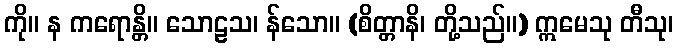
ကို။ န ကရောန္တိ။ သောဠသ၊ န်သော။ (စိတ္တာနိ၊ တို့သည်။) ဣမေသု တီသု၊